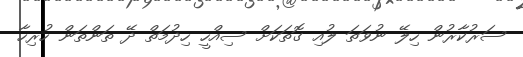
ސަރުކާރުން ހިލޭ ނުވަތަ ލުއި ގޮތަކަށް ސިއްހީ ހިދުމަތް ދޭ ތަންތަން ހުރިހާ